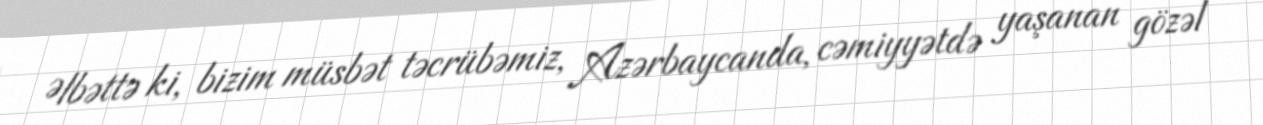
Əlbəttə ki, bizim müsbət təcrübəmiz, Azərbaycanda, cəmiyyətdə yaşanan gözəl